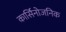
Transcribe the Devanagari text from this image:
कार्सिनोजनिक